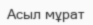
Асыл мұрат